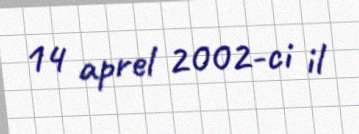
14 aprel 2002-ci il